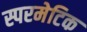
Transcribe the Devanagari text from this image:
स्परमेटिक